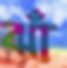
ঝাঁ